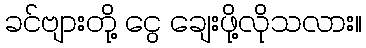
ခင်ဗျားတို့ ငွေ ချေးဖို့လိုသလား။